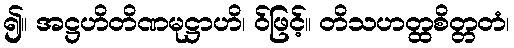
၍။ အဋ္ဌဟိတိဏမုဋ္ဌာဟိ၊ ဝ်ဖြင့်။ တိသဟတ္ထစိတ္တတံ၊